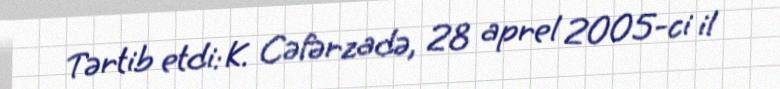
Tərtib etdi: K. Cəfərzadə, 28 aprel 2005-ci il